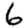
Digit: 6